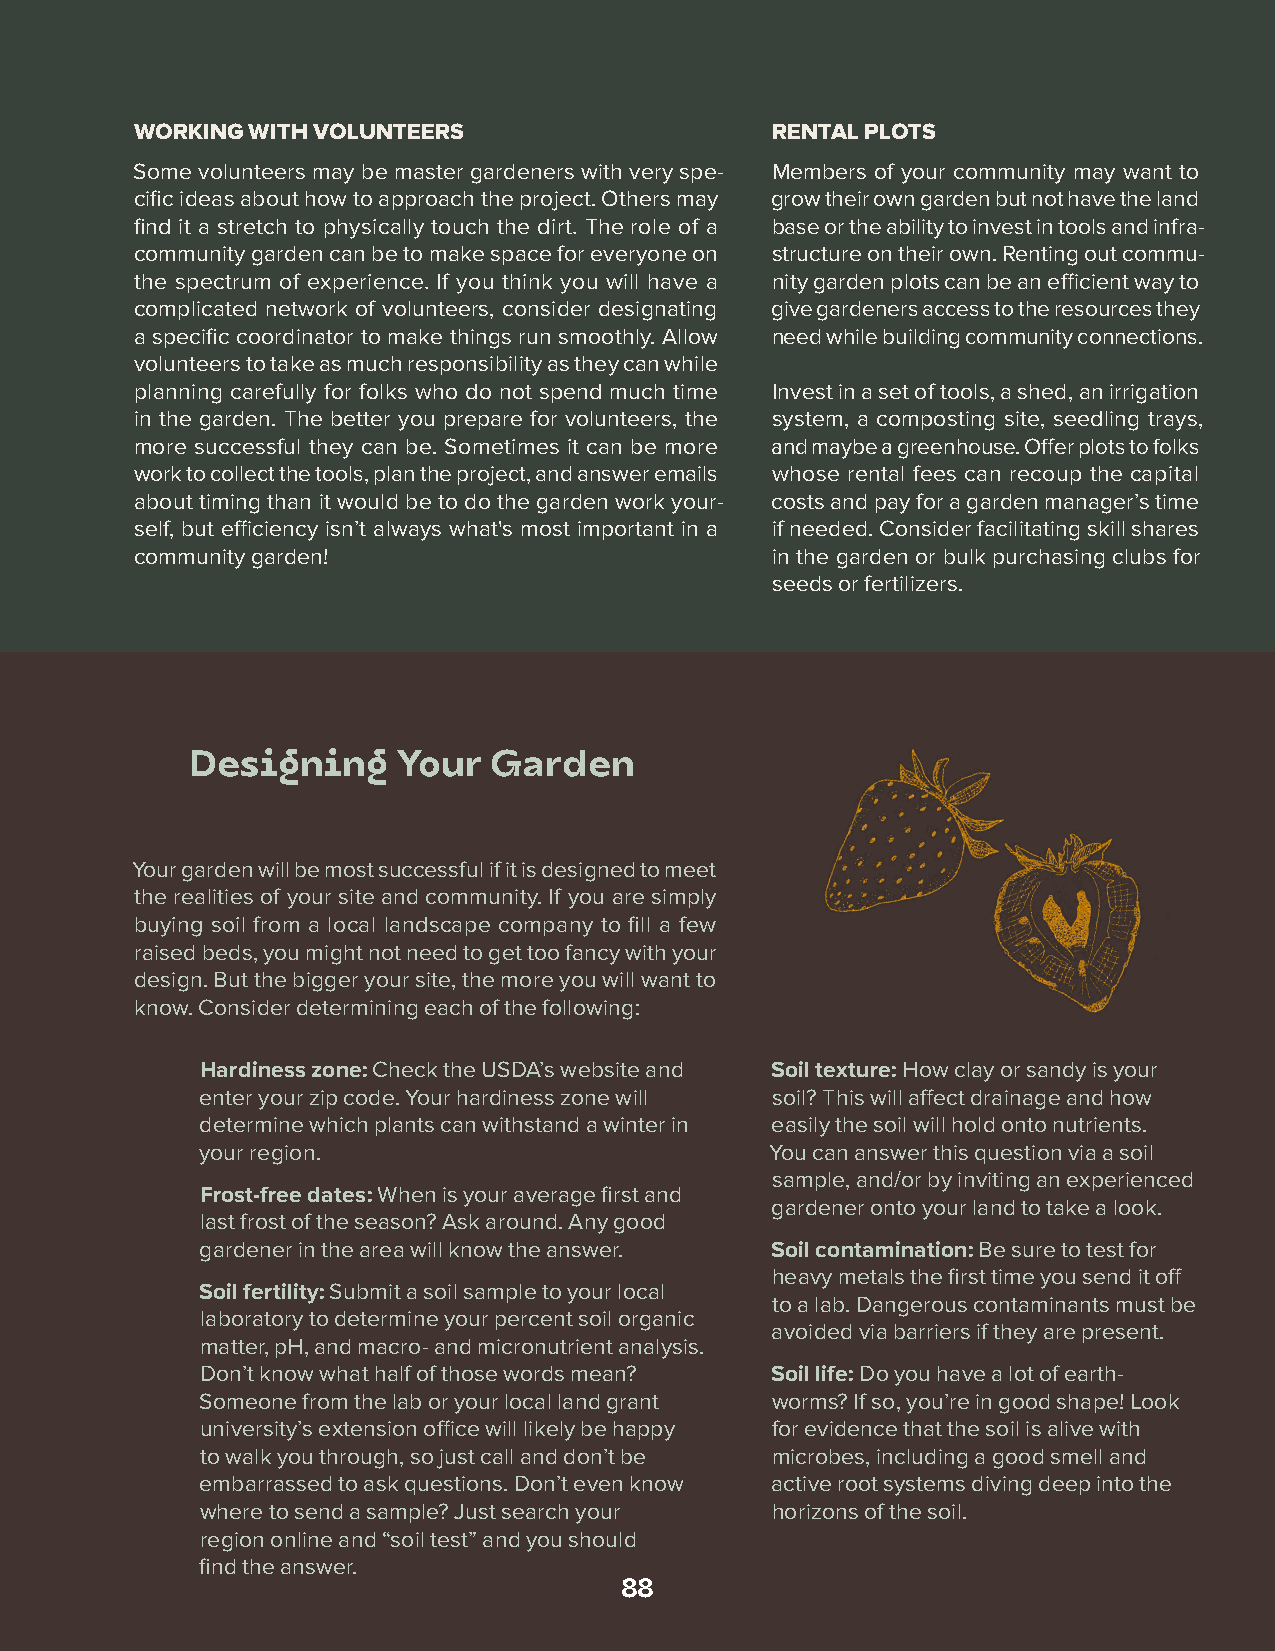
WORKING WITH VOLUNTEERS                   RENTAL PLOTS
 Some volunteers may be master gardeners with very spe- Members of your community may want to
 cific ideas about how to approach the project. Others may grow their own garden but not have the land
 find it a stretch to physically touch the dirt. The role of a base or the ability to invest in tools and infra-
 community garden can be to make space for everyone on structure on their own. Renting out commu-
 the spectrum of experience. If you think you will have a nity garden plots can be an efficient way to
 complicated network of volunteers, consider designating give gardeners access to the resources they
 a specific coordinator to make things run smoothly. Allow need while building community connections.
 volunteers to take as much responsibility as they can while
 planning carefully for folks who do not spend much time Invest in a set of tools, a shed, an irrigation
 in the garden. The better you prepare for volunteers, the system, a composting site, seedling trays,
 more successful they can be. Sometimes it can be more and maybe a greenhouse. Offer plots to folks
 work to collect the tools, plan the project, and answer emails whose rental fees can recoup the capital
 about timing than it would be to do the garden work your- costs and pay for a garden manager’s time
 self, but efficiency isn’t always what's most important in a if needed. Consider facilitating skill shares
 community garden!                         in the garden or bulk purchasing clubs for
 seeds or fertilizers.
 Designing    Your   Garden
 Your garden will be most successful if it is designed to meet
 the realities of your site and community. If you are simply
 buying soil from a local landscape company to fill a few
 raised beds, you might not need to get too fancy with your
 design. But the bigger your site, the more you will want to
 know. Consider determining each of the following:
 Hardiness zone: Check the USDA’s website and Soil texture: How clay or sandy is your
 enter your zip code. Your hardiness zone will soil? This will affect drainage and how
 determine which plants can withstand a winter in easily the soil will hold onto nutrients.
 your region.                          You can answer this question via a soil
 sample, and/or by inviting an experienced
 Frost-free dates: When is your average first and
 gardener onto your land to take a look.
 last frost of the season? Ask around. Any good
 gardener in the area will know the answer. Soil contamination: Be sure to test for
 heavy metals the first time you send it off
 Soil fertility: Submit a soil sample to your local
 to a lab. Dangerous contaminants must be
 laboratory to determine your percent soil organic
 avoided via barriers if they are present.
 matter, pH, and macro- and micronutrient analysis.
 Don’t know what half of those words mean? Soil life: Do you have a lot of earth-
 Someone from the lab or your local land grant worms? If so, you’re in good shape! Look
 university’s extension office will likely be happy for evidence that the soil is alive with
 to walk you through, so just call and don’t be microbes, including a good smell and
 embarrassed to ask questions. Don’t even know active root systems diving deep into the
 where to send a sample? Just search your horizons of the soil.
 region online and “soil test” and you should
 find the answer.
 88